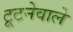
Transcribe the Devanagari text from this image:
टूटनेवाले